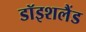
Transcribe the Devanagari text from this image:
डॉइशलैंड